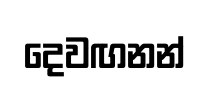
දෙවඟනන්